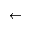
\gets